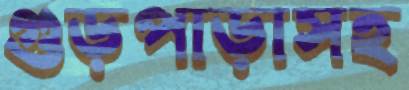
গুড়পাড়াসহ